Mental hospitals Bombay report 1929-33 - 1929-1933
Year: 1929
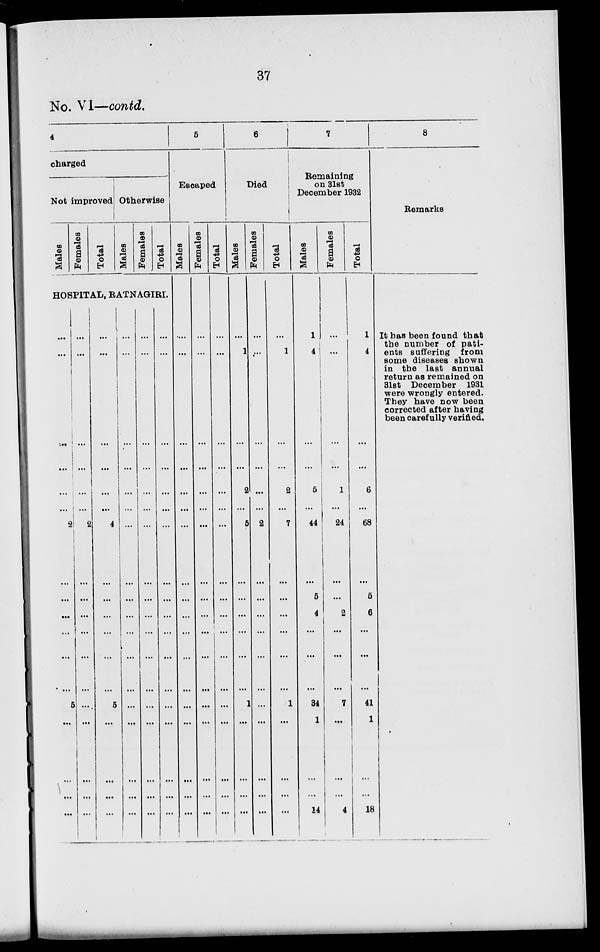
37
No. VI—contd.
4
charged
Not improved
Males
Females
Total
Otherwise
Males
Females
Total
HOSPITAL, RATNAGIRI.
...
...
...
...
...
...
2
...
...
...
...
...
5
...
...
...
...
...
...
...
...
...
...
2
...
...
...
...
...
...
...
...
...
...
...
...
...
...
...
...
4
...
...
...
...
...
5
...
...
...
...
...
...
...
...
...
...
...
...
...
...
...
...
...
...
...
...
...
...
...
...
...
...
...
...
...
...
...
...
...
...
...
...
...
...
...
...
...
...
...
...
...
...
...
...
...
...
...
...
...
...
...
5
Escaped
Males
...
...
...
...
...
...
...
...
...
...
...
...
...
...
...
...
...
Females
...
...
...
...
...
...
...
...
...
...
...
...
...
...
...
...
...
Total
...
...
...
...
...
...
...
...
...
...
...
...
...
...
...
...
...
6
Died
Males
...
1
...
...
2
...
5
...
...
...
...
...
1
...
...
...
...
Females
...
...
...
...
...
...
2
...
...
...
...
...
...
...
...
...
...
Total
...
1
...
...
2
...
7
...
...
...
...
...
1
...
...
...
...
7
Remaining
on 31st
December 1932
Males
1
4
...
...
5
...
44
...
5
4
...
...
34
1
...
...
14
Females
...
...
...
...
1
...
24
...
...
2
...
...
7
...
...
...
4
Total
1
4
...
...
6
...
68
...
5
6
...
...
41
1
...
...
18
8
Remarks
It has been found that
the number of pati-
ents suffering from
some diseases shown
in the last annual
return as remained on
31st December 1931
were wrongly entered.
They have now been
corrected after having
been carefully verified.